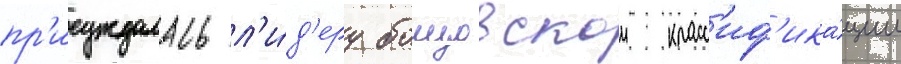
пр'исуждалась л'и́д'еру боицовскои класс'иф'ика́ции